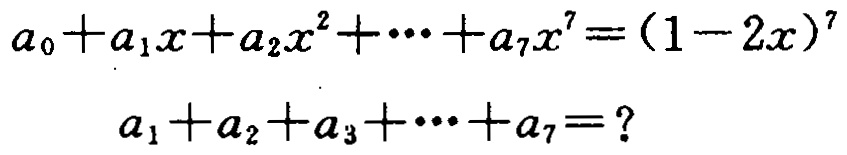
\(a_{0}+a_{1}x+a_{2}x^{2}+\cdots +a_{7}x^{7}=(1 - 2x)^{7}\)
\(a_{1}+a_{2}+a_{3}+\cdots +a_{7}=?\)